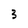
Character: 3